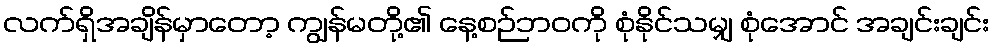
လက်ရှိအချိန်မှာတော့ ကျွန်မတို့၏ နေ့စဉ်ဘဝကို စုံနိုင်သမျှ စုံအောင် အချင်းချင်း